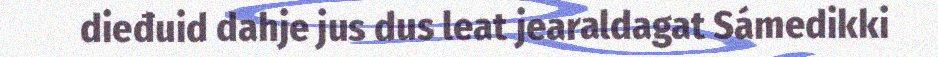
dieđuid dahje jus dus leat jearaldagat Sámedikki